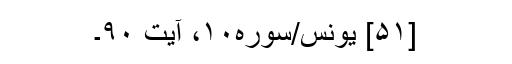
[۵۱] یونس/سوره۱۰، آیت ۹۰۔